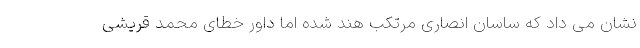
نشان می داد که ساسان انصاری مرتکب هند شده اما داور خطای محمد قریشی